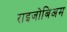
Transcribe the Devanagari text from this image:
राइजोबिअम